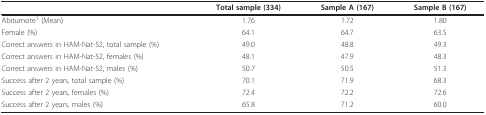
<table><thead><tr><td></td><td><b>Total sample (334)</b></td><td><b>Sample A (167)</b></td><td><b>Sample B (167)</b></td></tr></thead><tbody><tr><td>Abiturnote<sup>1 </sup>(Mean)</td><td>1.76</td><td>1.72</td><td>1.80</td></tr><tr><td>Female (%)</td><td>64.1</td><td>64.7</td><td>63.5</td></tr><tr><td>Correct answers in HAM-Nat-52, total sample (%)</td><td>49.0</td><td>48.8</td><td>49.3</td></tr><tr><td>Correct answers in HAM-Nat-52, females (%)</td><td>48.1</td><td>47.9</td><td>48.3</td></tr><tr><td>Correct answers in HAM-Nat-52, males (%)</td><td>50.7</td><td>50.5</td><td>51.3</td></tr><tr><td>Success after 2 years, total sample (%)</td><td>70.1</td><td>71.9</td><td>68.3</td></tr><tr><td>Success after 2 years, females (%)</td><td>72.4</td><td>72.2</td><td>72.6</td></tr><tr><td>Success after 2 years, males (%)</td><td>65.8</td><td>71.2</td><td>60.0</td></tr></tbody></table>